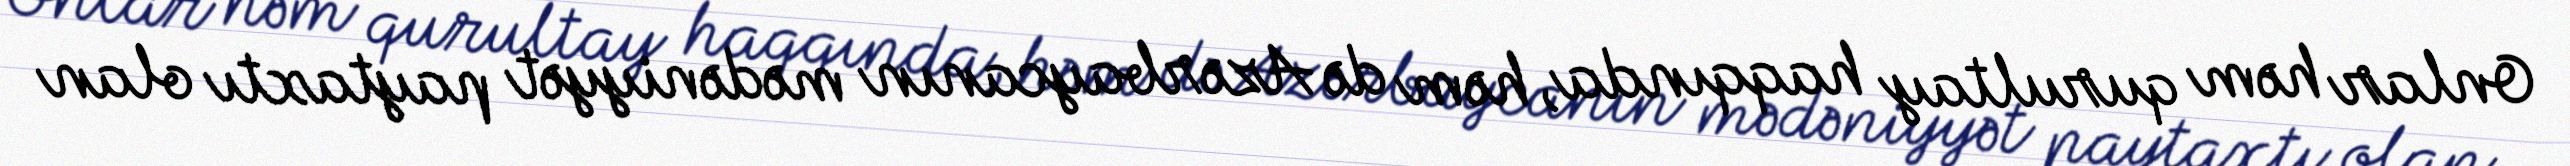
Onlar həm qurultay haqqında, həm də Azərbaycanın mədəniyyət paytaxtı olan